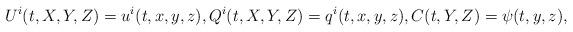
LaTeX: \begin{align*} U^i(t,X,Y,Z) = u^i(t,x,y,z), Q^i(t,X,Y,Z) = q^i(t,x,y,z), C(t,Y,Z) = \psi(t,y,z), \end{align*}